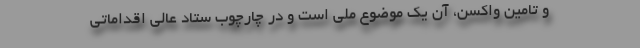
و تامین واکسن، آن یک موضوع ملی است و در چارچوب ستاد عالی اقداماتی